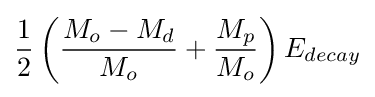
{\frac {1}{2}}\left({\frac {M_{o}-M_{d}}{M_{o}}}+{\frac {M_{p}}{M_{o}}}\right)E_{decay}